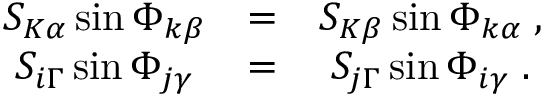
\begin{array} { c c c } { { S _ { K \alpha } \sin \Phi _ { k \beta } } } & { { = } } & { { S _ { K \beta } \sin \Phi _ { k \alpha } \; , } } \\ { { S _ { i \Gamma } \sin \Phi _ { j \gamma } } } & { { = } } & { { S _ { j \Gamma } \sin \Phi _ { i \gamma } \; . } } \end{array}